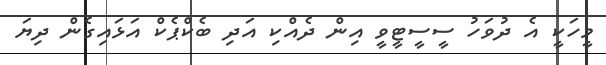
މީހަކީ އެ ދުވަހު ސީސީޓީވީ އިން ދެއްކި އަދި ބެކްޕެކް އަޅައިގެން ދިޔަ